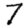
Digit: 7